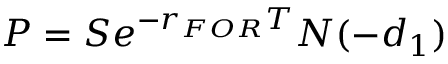
P = S e ^ { - r _ { F O R } T } N ( - d _ { 1 } )